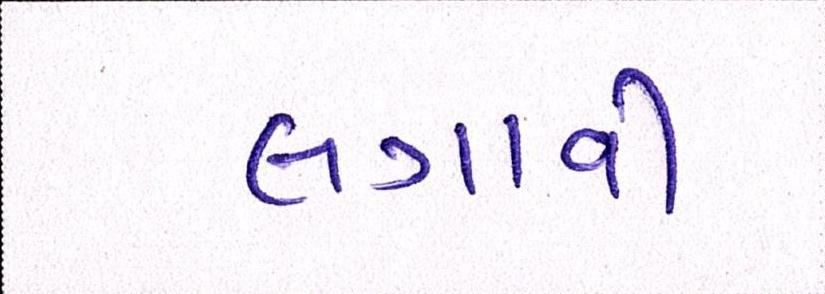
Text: લગાવી